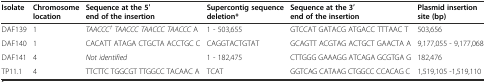
<table><thead><tr><td><b>Isolate</b></td><td><b>Chromosome location</b></td><td><b>Sequence at the 5′ end of the insertion</b></td><td><b>Supercontig sequence deletion*</b></td><td><b>Sequence at the 3′ end of the insertion</b></td><td><b>Plasmid insertion site (bp)</b></td></tr></thead><tbody><tr><td>DAF139</td><td>1</td><td><i>TAACCC</i><sup><i>†</i></sup><i>TAACCC TAACCC TAACCC</i> A</td><td>1 - 503,655</td><td>GTCCAT GATACG ATGACC TTTAAC T</td><td>503,656</td></tr><tr><td>DAF140</td><td>1</td><td>CACATT ATAGA CTGCTA ACCTGC C</td><td>CAGGTACTGTAT</td><td>GCAGTT ACGTAG ACTGCT GAACTA A</td><td>9,177,055 - 9,177,068</td></tr><tr><td>DAF141</td><td>4</td><td><i>Not identified</i></td><td>1 - 182,475</td><td>CTTGGG GAAAGG ATCAGA GCGTGA G</td><td>182,476</td></tr><tr><td>TP11.1</td><td>4</td><td>TTCTTC TGGCGT TTGGCC TACAAC A</td><td>TCAT</td><td>GGTCAG CATAAG CTGGCC CCACAG C</td><td>1,519,105 -1,519,110</td></tr></tbody></table>